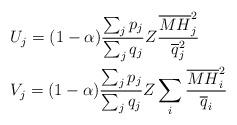
LaTeX: \begin{align*}&U_{j}=(1-\alpha)\frac{\sum_{j}p_{j}}{\sum_{j}q_{j}} Z \frac{\overline{MH}^{2}_{j}}{\overline{q}^{2}_{j}} \\&V_{j}=(1-\alpha)\frac{\sum_{j}p_{j}}{\sum_{j}q_{j}} Z \sum_{i}\frac{\overline{MH}^{2}_{i}}{\overline{q}_{i}} \end{align*}